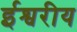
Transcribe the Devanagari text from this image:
र्इश्वरीय